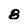
Character: 8